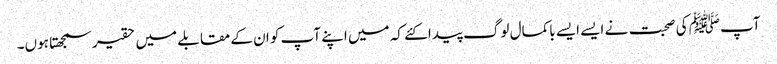
آپﷺ کی صحبت نے ایسے ایسے باکمال لوگ پیدا کئے کہ میں اپنے آپ کو ان کے مقابلے میں حقیر سمجھتا ہوں۔